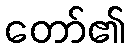
တော်၏